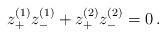
LaTeX: \begin{align*}z_+^{(1)} z_-^{(1)} + z_+^{(2)} z_-^{(2)} = 0 \, . \end{align*}